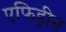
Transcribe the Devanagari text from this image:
एफिड्रीन